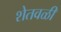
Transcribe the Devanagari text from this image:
शेतवळी